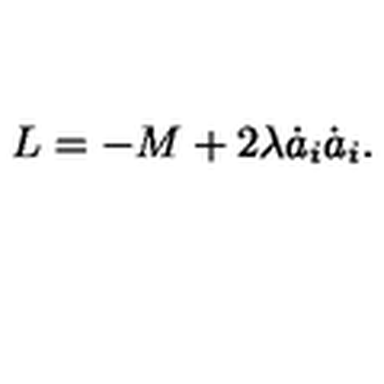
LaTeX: L = - M + 2 \lambda \dot { a } _ { i } \dot { a } _ { i } .